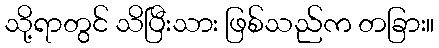
သို့ရာတွင် သိပြီးသား ဖြစ်သည်က တခြား။